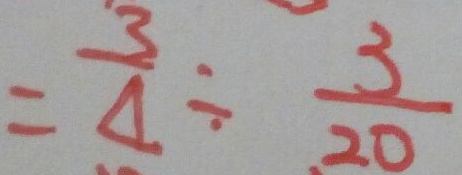
= \frac { 3 } { 4 } \div \frac { 3 } { 2 0 }